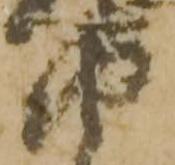
衛